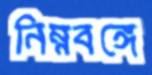
নিম্নবঙ্গে